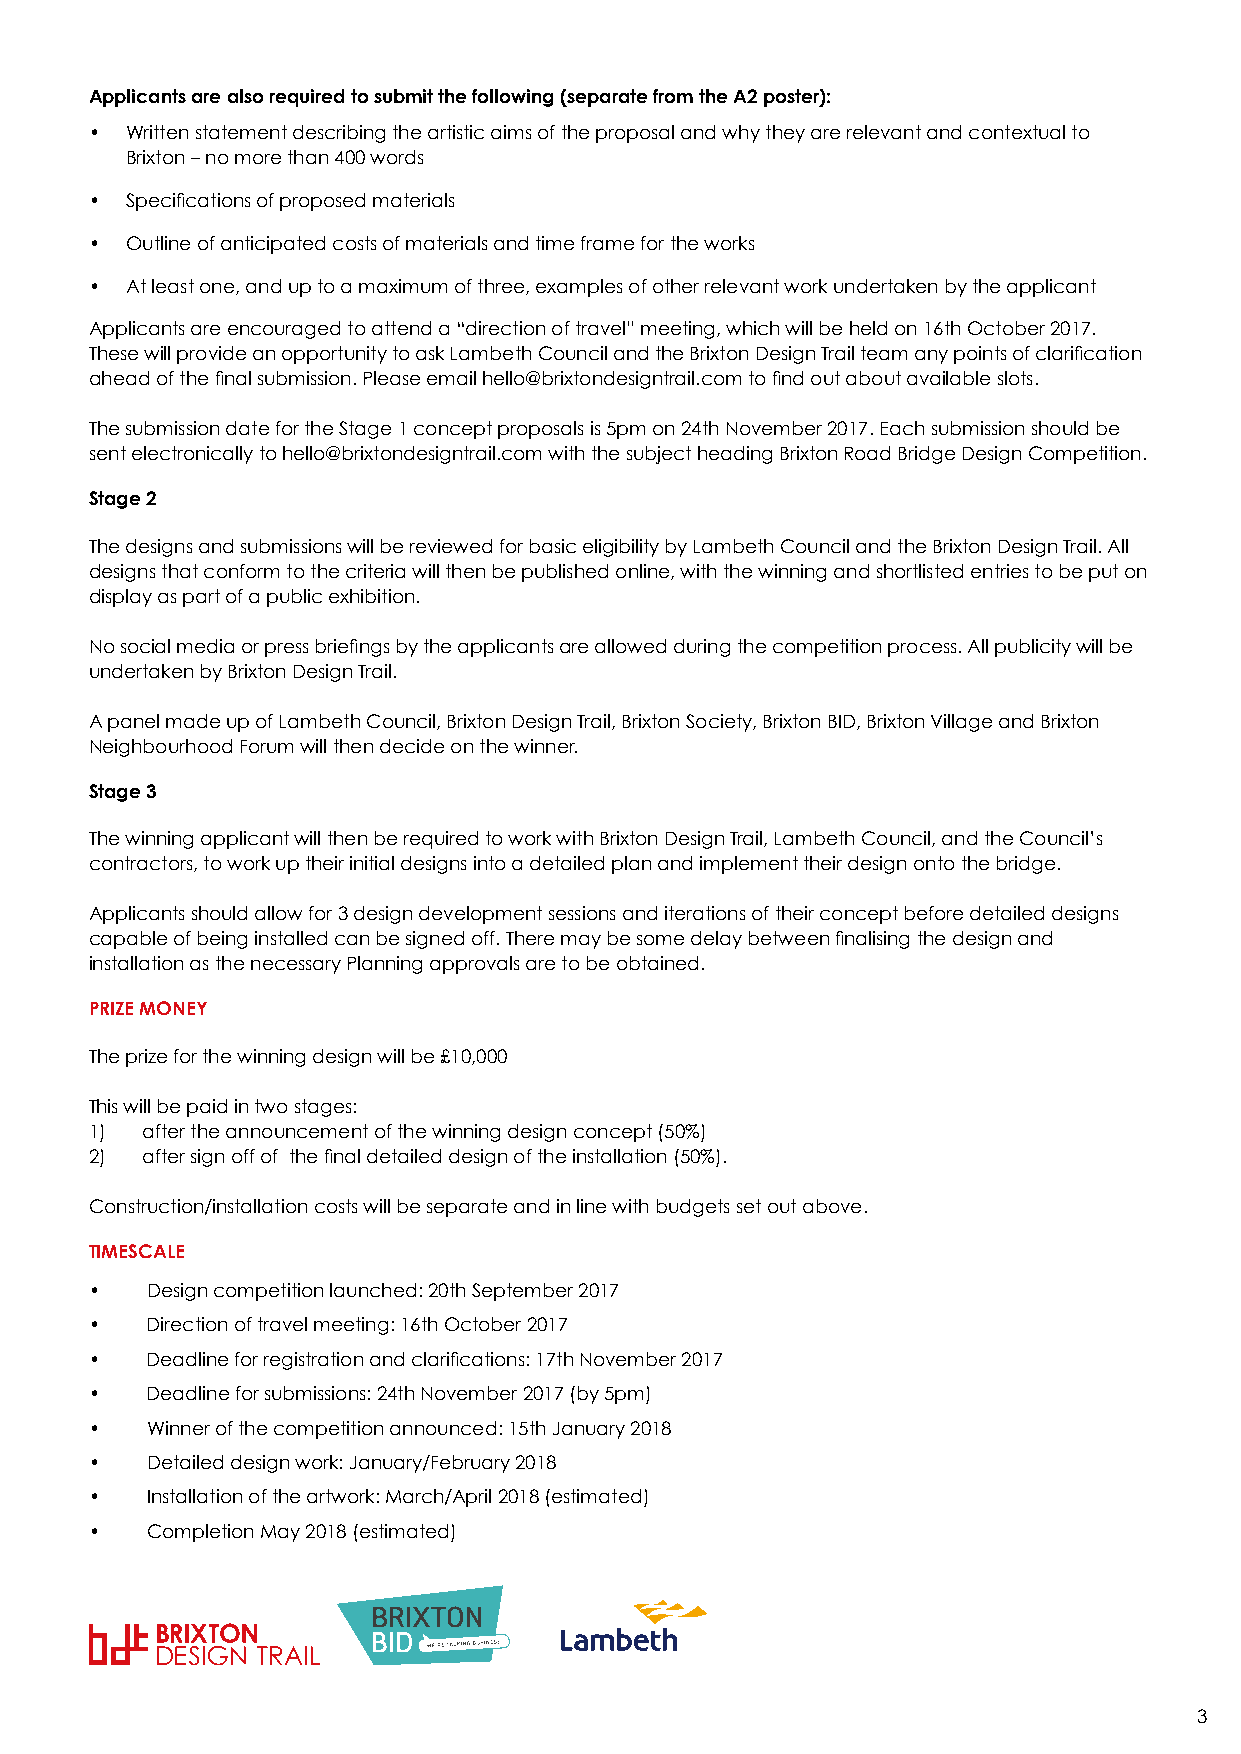
Applicants are also required to submit the following (separate from the A2 poster):
 • Written statement describing the artistic aims of the proposal and why they are relevant and contextual to
 Brixton – no more than 400 words
 • Specifications of proposed materials
 • Outline of anticipated costs of materials and time frame for the works
 • At least one, and up to a maximum of three, examples of other relevant work undertaken by the applicant
 Applicants are encouraged to attend a “direction of travel” meeting, which will be held on 16th October 2017.
 These will provide an opportunity to ask Lambeth Council and the Brixton Design Trail team any points of clarification
 ahead of the final submission. Please email hello@brixtondesigntrail.com to find out about available slots.
 The submission date for the Stage 1 concept proposals is 5pm on 24th November 2017. Each submission should be
 sent electronically to hello@brixtondesigntrail.com with the subject heading Brixton Road Bridge Design Competition.
 Stage 2
 The designs and submissions will be reviewed for basic eligibility by Lambeth Council and the Brixton Design Trail. All
 designs that conform to the criteria will then be published online, with the winning and shortlisted entries to be put on
 display as part of a public exhibition.
 No social media or press briefings by the applicants are allowed during the competition process. All publicity will be
 undertaken by Brixton Design Trail.
 A panel made up of Lambeth Council, Brixton Design Trail, Brixton Society, Brixton BID, Brixton Village and Brixton
 Neighbourhood Forum will then decide on the winner.
 Stage 3
 The winning applicant will then be required to work with Brixton Design Trail, Lambeth Council, and the Council’s
 contractors, to work up their initial designs into a detailed plan and implement their design onto the bridge.
 Applicants should allow for 3 design development sessions and iterations of their concept before detailed designs
 capable of being installed can be signed off. There may be some delay between finalising the design and
 installation as the necessary Planning approvals are to be obtained.
 PRIZE MONEY
 The prize for the winning design will be £10,000
 This will be paid in two stages:
 1) after the announcement of the winning design concept (50%)
 2) after sign off of the final detailed design of the installation (50%).
 Construction/installation costs will be separate and in line with budgets set out above.
 TIMESCALE
 •   Design competition launched: 20th September 2017
 •   Direction of travel meeting: 16th October 2017
 •   Deadline for registration and clarifications: 17th November 2017
 •   Deadline for submissions: 24th November 2017 (by 5pm)
 •   Winner of the competition announced: 15th January 2018
 •   Detailed design work: January/February 2018
 •   Installation of the artwork: March/April 2018 (estimated)
 •   Completion May 2018 (estimated)
 3